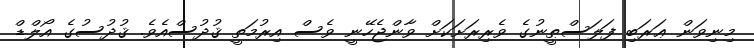
މިނިވަން ޢަރަބި ފަލަސްޠީނުގެ ވެރިރަށަކަށް ވާންޖެހޭނީ ވެސް އިރުމަތީ ޤުދުސްއެވެ. ޤުދުސުގެ އޯލްޑް